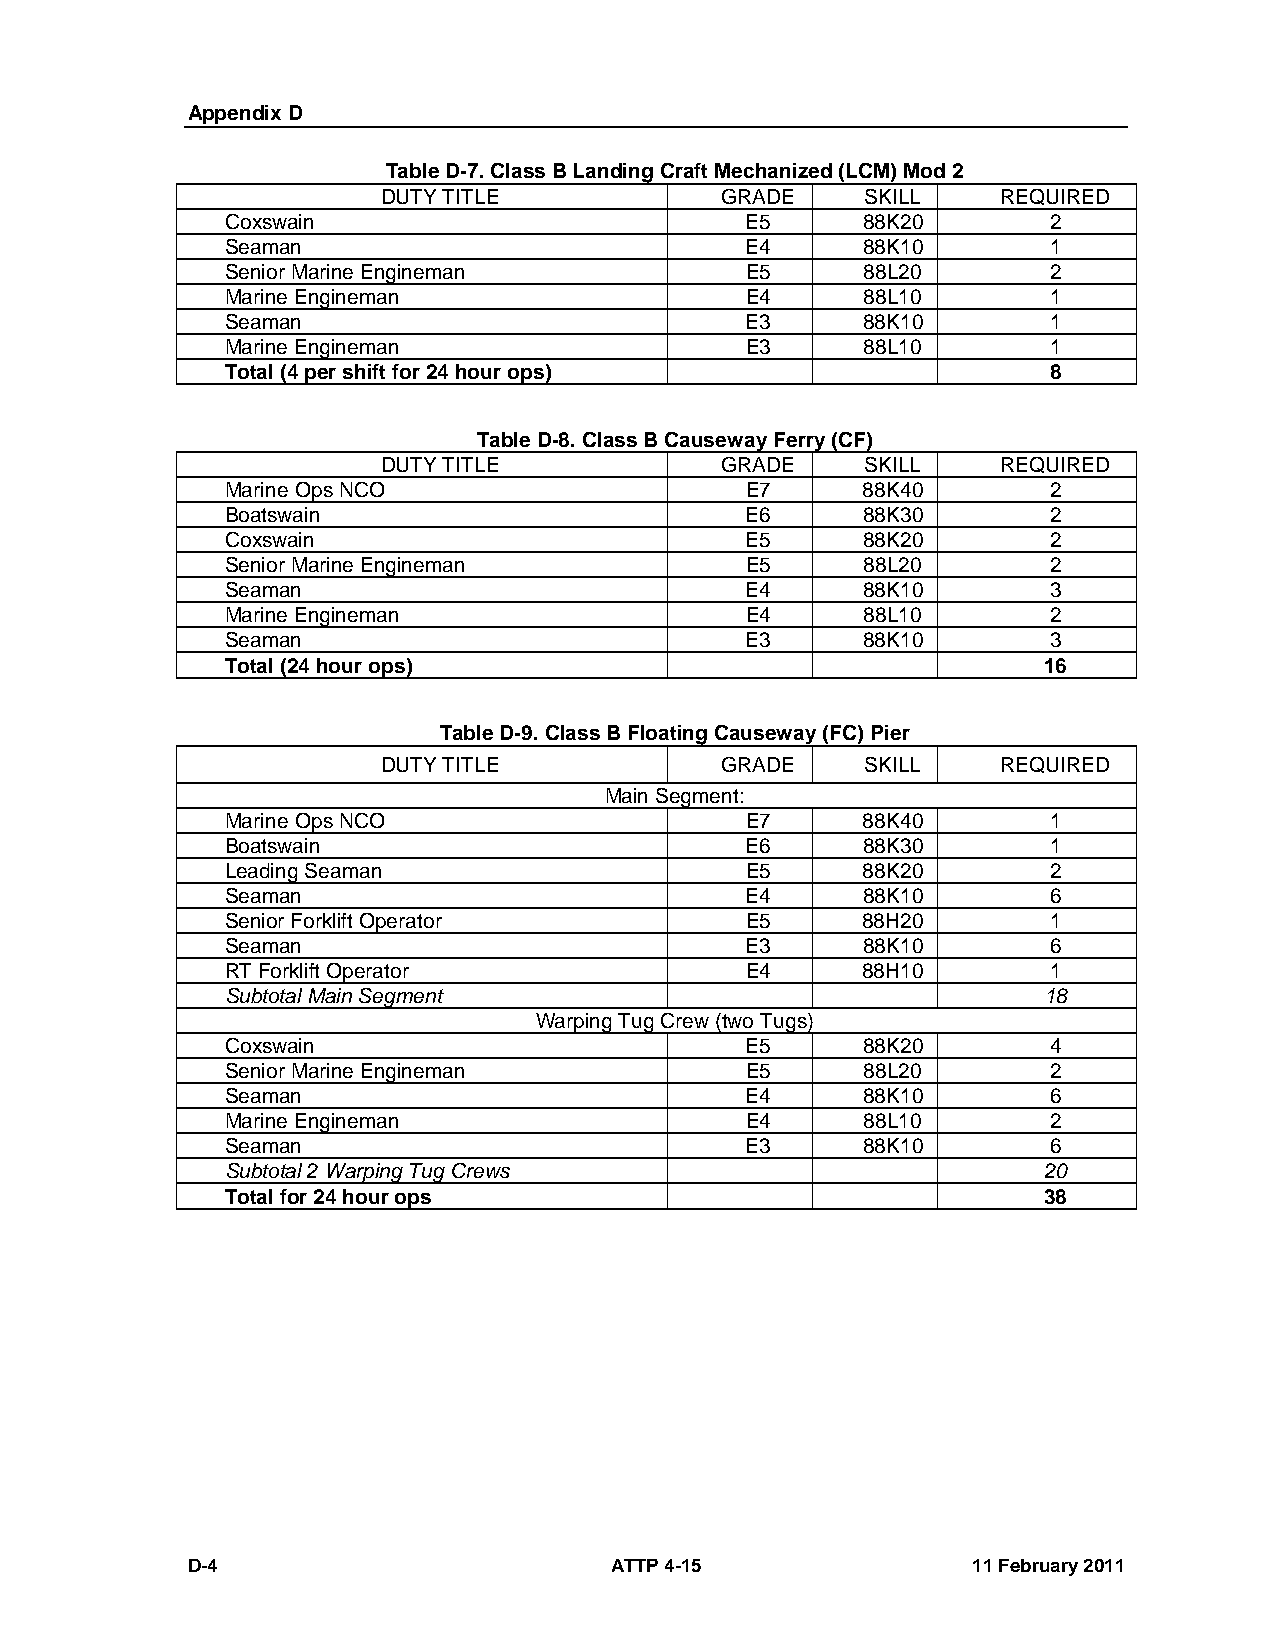
Appendix D
 Table D-7. Class B Landing Craft Mechanized (LCM) Mod 2
 DUTY TITLE             GRADE    SKILL    REQUIRED
 Coxswain                          E5      88K20       2
 Seaman                            E4      88K10        1
 Senior Marine Engineman           E5      88L20       2
 Marine Engineman                  E4      88L10       1
 Seaman                            E3      88K10        1
 Marine Engineman                  E3      88L10       1
 Total (4 per shift for 24 hour ops)                    8
 Table D-8. Class B Causeway Ferry (CF)
 DUTY TITLE             GRADE    SKILL    REQUIRED
 Marine Ops NCO                    E7      88K40        2
 Boatswain                         E6      88K30        2
 Coxswain                          E5      88K20       2
 Senior Marine Engineman           E5      88L20       2
 Seaman                            E4      88K10        3
 Marine Engineman                  E4      88L10       2
 Seaman                            E3      88K10        3
 Total (24 hour ops)                                   16
 Table D-9. Class B Floating Causeway (FC) Pier
 DUTY TITLE             GRADE    SKILL    REQUIRED
 Main Segment:
 Marine Ops NCO                    E7      88K40        1
 Boatswain                         E6      88K30        1
 Leading Seaman                    E5      88K20        2
 Seaman                            E4      88K10        6
 Senior Forklift Operator          E5      88H20       1
 Seaman                            E3      88K10        6
 RT Forklift Operator              E4      88H10       1
 Subtotal Main Segment                                 18
 Warping Tug Crew (two Tugs)
 Coxswain                          E5      88K20       4
 Senior Marine Engineman           E5      88L20       2
 Seaman                            E4      88K10        6
 Marine Engineman                  E4      88L10       2
 Seaman                            E3      88K10        6
 Subtotal 2 Warping Tug Crews                          20
 Total for 24 hour ops                                 38
 D-4                         ATTP 4-15               11 February 2011